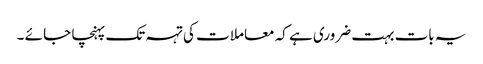
یہ بات بہت ضروری ہے کہ معاملا ت کی تہہ تک پہنچا جا ئے ۔